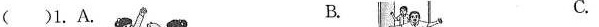
()1.A.B.C.